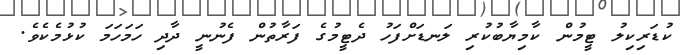
ކުޑަރިކިލު ޓީމުން ކާމިޔާބުކުރި ލަނޑަށްފަހު ދެޓީމުގެ ފަރާތުން ފެނުނީ ދާދި ހަމަހަމަ ކުޅުމެކެވެ.